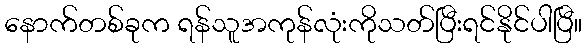
နောက်တစ်ခုက ရန်သူအကုန်လုံးကိုသတ်ပြီးရင်နိုင်ပါပြီ။